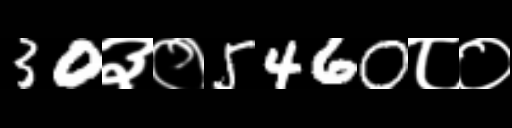
Text: 30३०5460८०